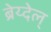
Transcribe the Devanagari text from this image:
ब्रेय्देल्